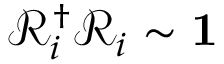
\mathcal { R } _ { i } ^ { \dagger } \mathcal { R } _ { i } \sim \mathbf { 1 }